Sanitation, dispensaries and jails vaccination Rajputana 1922-1927 - 1922-1927
Year: 1922
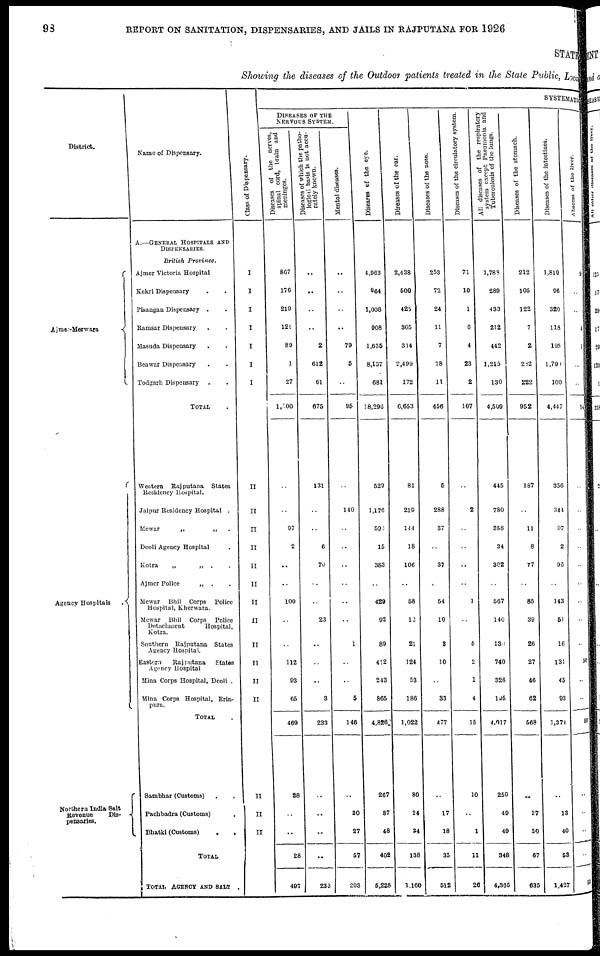
98
REPORT ON SANITATION, DISPENSARIES, AND JAILS IN RAJPUTANA FOR 1926
STATE
Showing the diseases of the Outdoor patients treated in the State Public, Local
District.
Ajmer-Merwara
Agency Hospitals
.
Northern India Salt
Revenue
Dis-
pensaries.
Name of Dispensary.
A.—GENERAL HOSPITALS AND
DISPENSARIES.
British
Province.
Ajmer Victoria Hospital
Kekri Dispensary . .
Pisangan Dispensary . .
Ramsar Dispensary . .
Masuda Dispensary . .
Beawar Dispensary . .
Todgarh Dispensary . .
TOTAL .
Western Rajputana
States
Residency Hospital.
Jaipur Residency Hospital .
Mewar
„
„ .
Deoli Agency Hospital .
Kotra
„
„
.
.
Ajmer Police
„ . .
Mewar Bhil Corps
Police
Hospital, Kherwara.
Mewar Bhil Corps
Police
Detachment
Hospital,
Kotra.
Southern Rajputana
States
Agency Hospital.
Eastern
Rajputana
States
Agency Hospital
Mina Corps Hospital, Deoli .
Mina Corps Hospital, Erin-
pura.
TOTAL .
Sambhar (Customs) . .
Pachbadra (Customs) .
Bhatki (Customs) . .
TOTAL
TOTAL AGENCY AND SALT .
Class of
Dispensary.
I
I
I
I
I
I
I
I
II
II
II
II
II
II
II
II
II
II
II
II
II
II
II
SYSTEMATIC
DISEASES OF THE
NERVOUS SYSTEM.
Diseases of the nerves,
spinal cord, brain and
meninges.
867
176
219
120
89
1
27
1,500
..
..
97
2
..
..
100
..
..
112
93
65
469
28
..
..
28
497
Diseases of which the patho-
logical
basis is not accu-
rately known.
..
..
..
..
2
612
61
675
131
..
..
6
70
..
..
23
..
..
..
3
233
..
..
..
..
233
Mental diseases.
..
..
..
79
5
..
95
..
140
..
..
..
..
..
..
1
..
..
5
146
..
30
27
57
203
Diseases of the eye.
4,963
964
1,008
908
1,635
8,137
681
18,296
529
1,176
593
15
383
..
429
92
89
412
243
865
4,826
267
87
48
402
5,228
Diseases of the ear.
2,438
500
425
305
314
2,499
172
6,653
81
219
144
18
106
..
58
12
21
124
53
186
1,022
80
24
34
138
1,160
Diseases of the nose.
253
72
24
11
7
78
11
456
5
288
37
..
37
..
54
10
3
10
..
33
477
..
17
18
35
512
Diseases of the circulatory system.
71
10
1
6
4
23
2
107
..
2
..
..
..
..
1
..
5
2
1
4
15
10
..
1
11
26
All diseases of the respiratory
system except Pneumonia and
Tuberculosis of the lungs.
1,783
289
433
212
442
1,215
130
4,509
445
780
358
34
302
..
567
140
130
740
326
195
4,017
250
49
49
348
4,365
Diseases of the stomach.
212
105
122
7
2
282
222
952
187
..
11
8
77
..
85
39
26
27
46
62
568
..
37
30
67
635
Diseases of the intestines.
1,819
96
320
118
195
1,790
100
4,447
356
344
97
2
96
..
143
51
16
131
45
93
1,374
..
13
40
53
1,427
Abscess of the liver.
9
..
..
4
1
..
..
14
..
..
..
..
..
..
..
..
..
5
..
..
50
..
..
..
..
50